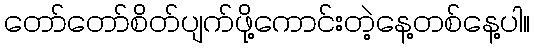
တော်တော်စိတ်ပျက်ဖို့ကောင်းတဲ့နေ့တစ်နေ့ပါ။